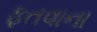
ફતવાના